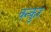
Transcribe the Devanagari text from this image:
क्न्कुर